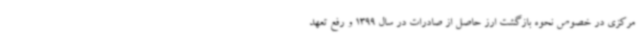
مرکزی در خصوص نحوه بازگشت ارز حاصل از صادرات در سال 1399 و رفع تعهد